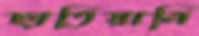
ছাতিয়ানি